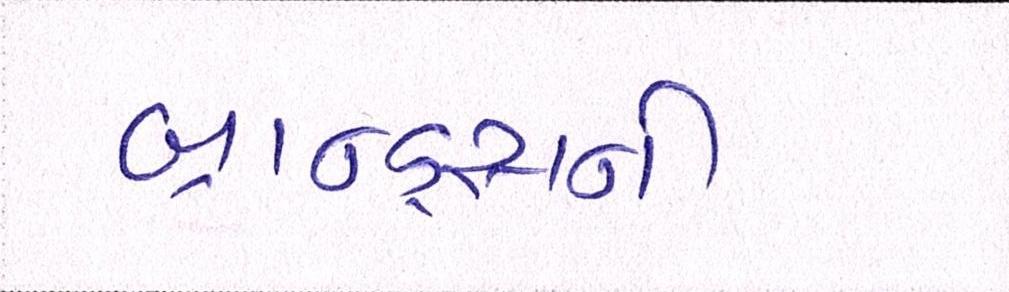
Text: બ્રાન્ડ્સની